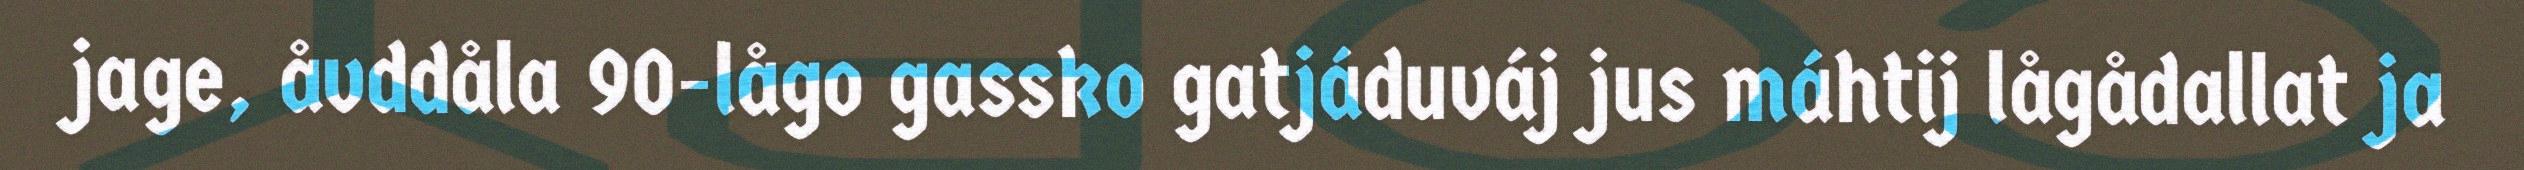
jage, åvddåla 90-lågo gassko gatjáduváj jus máhtij lågådallat ja